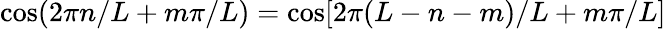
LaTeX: \cos(2\pi n/L+m\pi/L)=\cos[2\pi(L-n-m)/L+m\pi/L]